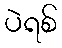
ပဲရစ်